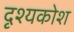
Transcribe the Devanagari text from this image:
दृश्यकोश